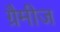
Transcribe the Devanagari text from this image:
ग्रैमीज